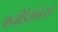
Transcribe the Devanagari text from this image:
फर्नांडिसांनंतरचे